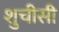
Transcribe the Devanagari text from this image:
शुचीसी